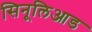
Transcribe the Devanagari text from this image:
सिनूलिआड